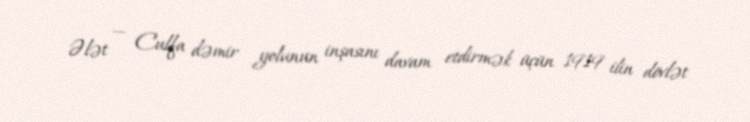
Ələt — Culfa dəmir yolunun inşasını davam etdirmək üçün 1919 ilin dövlət